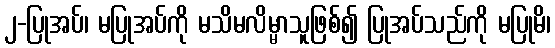
၂-ပြုအပ်၊ မပြုအပ်ကို မသိမလိမ္မာသူဖြစ်၍ ပြုအပ်သည်ကို မပြုမိ၊